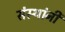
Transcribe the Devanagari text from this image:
संस्‍थांनी